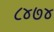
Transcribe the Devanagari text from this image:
८४७४